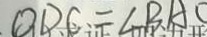
O B E = \Delta B A C